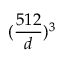
( \frac { 5 1 2 } { d } ) ^ { 3 }